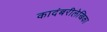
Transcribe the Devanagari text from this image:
कादंबरीलेखिका